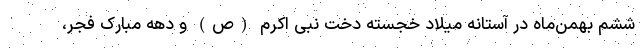
ششم بهمن‌ماه در آستانه میلاد خجسته دخت نبی اکرم (ص) و دهه مبارک فجر،